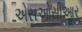
એસઓસીઆર